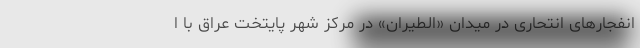
انفجارهای انتحاری در میدان «الطیران» در مرکز شهر پایتخت عراق با ا